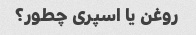
روغن یا اسپری چطور؟